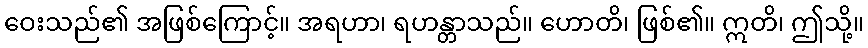
ဝေးသည်၏ အဖြစ်ကြောင့်။ အရဟာ၊ ရဟန္တာသည်။ ဟောတိ၊ ဖြစ်၏။ ဣတိ၊ ဤသို့။